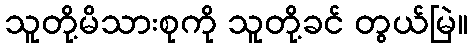
သူတို့မိသားစုကို သူတို့ခင် တွယ်မြဲ။